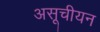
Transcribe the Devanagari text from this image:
असूचीयन